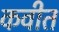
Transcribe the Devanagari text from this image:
कवीत